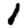
Digit: 1